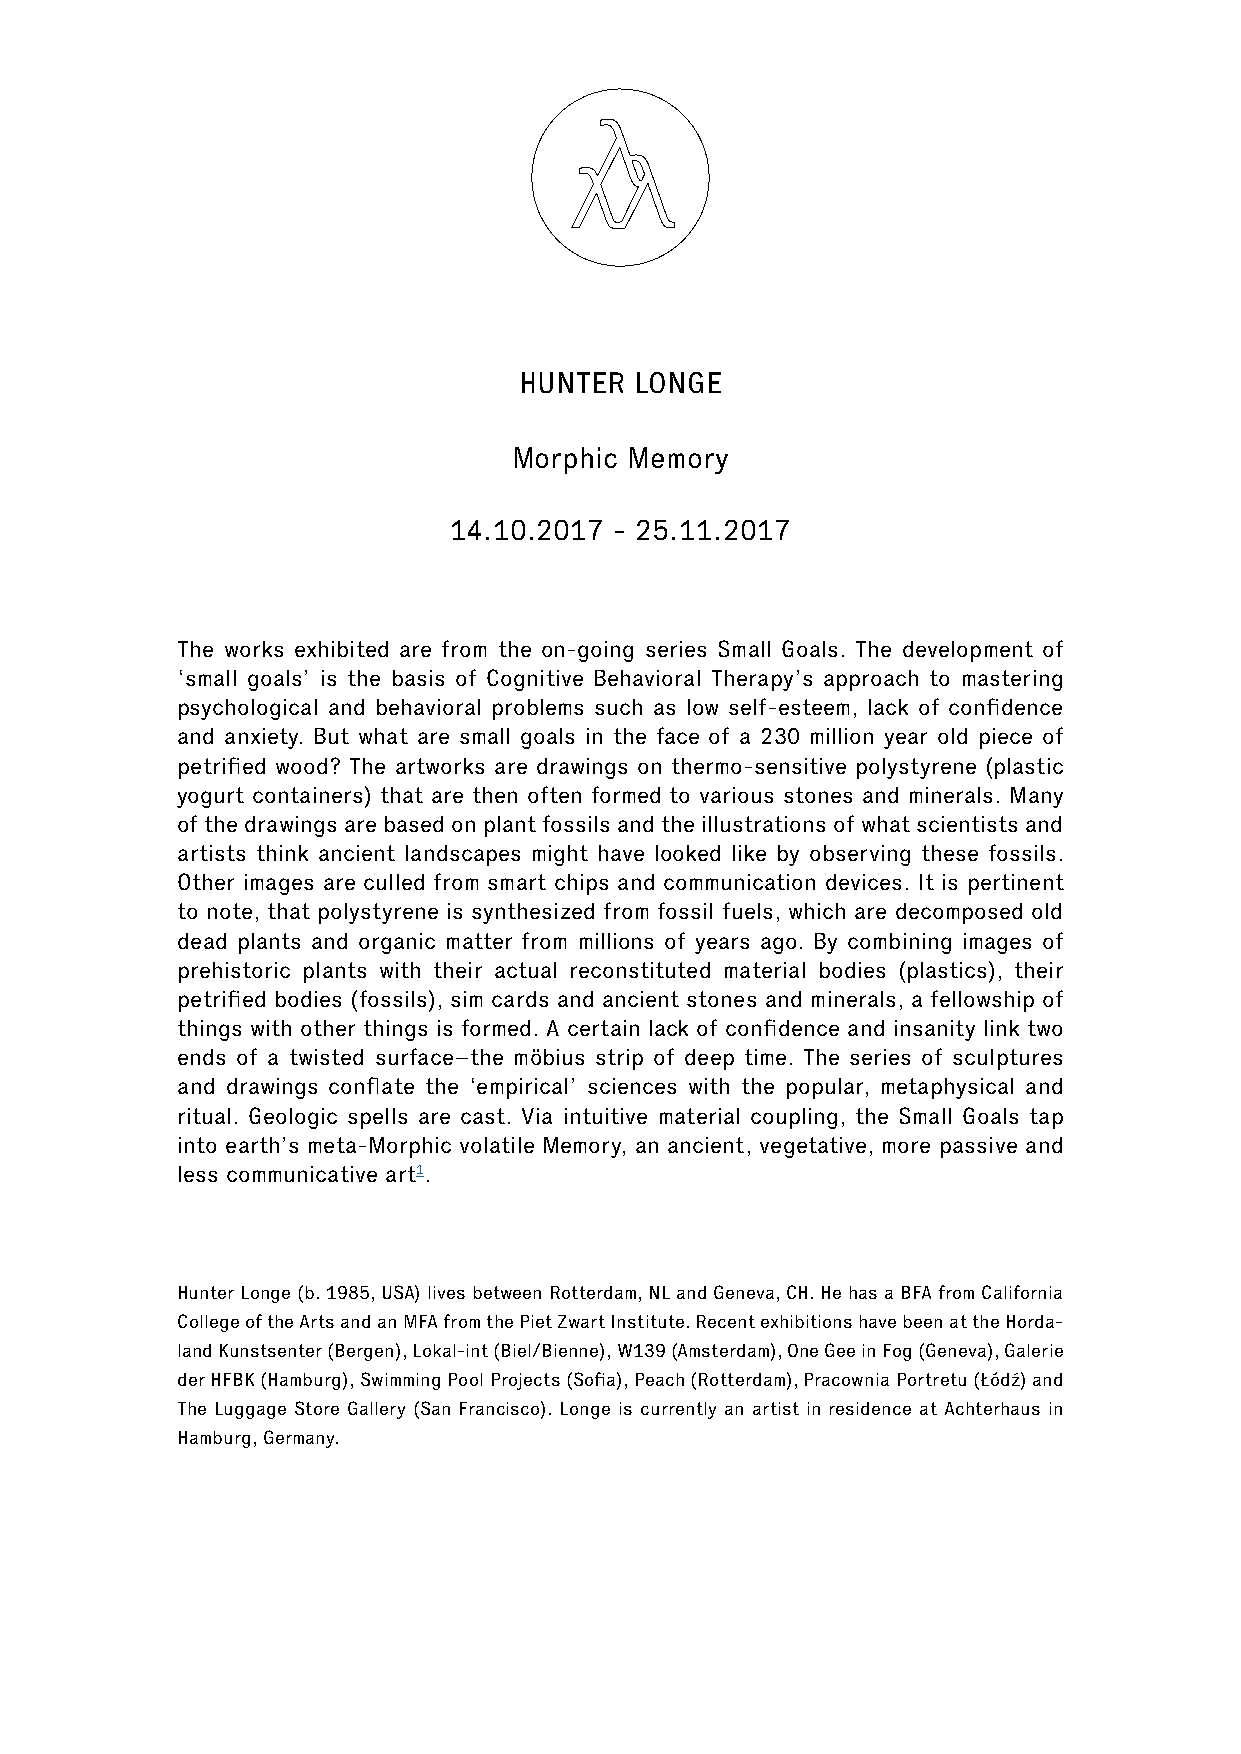
HUNTER  LONGE
 Morphic Memory
 14.10.2017 - 25.11.2017
 The works exhibited are from the on-going series Small Goals. The development of
 ‘small goals’ is the basis of Cognitive Behavioral Therapy’s approach to mastering
 psychological and behavioral problems such as low self-esteem, lack of confidence
 and anxiety. But what are small goals in the face of a 230 million year old piece of
 petrified wood? The artworks are drawings on thermo-sensitive polystyrene (plastic
 yogurt containers) that are then often formed to various stones and minerals. Many
 of the drawings are based on plant fossils and the illustrations of what scientists and
 artists think ancient landscapes might have looked like by observing these fossils.
 Other images are culled from smart chips and communication devices. It is pertinent
 to note, that polystyrene is synthesized from fossil fuels, which are decomposed old
 dead plants and organic matter from millions of years ago. By combining images of
 prehistoric plants with their actual reconstituted material bodies (plastics), their
 petrified bodies (fossils), sim cards and ancient stones and minerals, a fellowship of
 things with other things is formed. A certain lack of confidence and insanity link two
 ends of a twisted surface–the möbius strip of deep time. The series of sculptures
 and drawings conflate the ‘empirical’ sciences with the popular, metaphysical and
 ritual. Geologic spells are cast. Via intuitive material coupling, the Small Goals tap
 into earth’s meta-Morphic volatile Memory, an ancient, vegetative, more passive and
 less communicative art1.
 Hunter Longe (b. 1985, USA) lives between Rotterdam, NL and Geneva, CH. He has a BFA from California
 College of the Arts and an MFA from the Piet Zwart Institute. Recent exhibitions have been at the Horda-
 land Kunstsenter (Bergen), Lokal-int (Biel/Bienne), W139 (Amsterdam), One Gee in Fog (Geneva), Galerie
 der HFBK (Hamburg), Swimming Pool Projects (Sofia), Peach (Rotterdam), Pracownia Portretu (Łódź) and
 The Luggage Store Gallery (San Francisco). Longe is currently an artist in residence at Achterhaus in
 Hamburg, Germany.